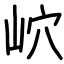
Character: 岤